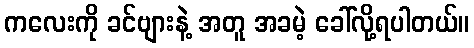
ကလေးကို ခင်ဗျားနဲ့ အတူ အခမဲ့ ခေါ်လို့ရပါတယ်။